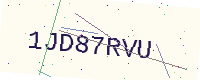
Text: 1JD87RVU